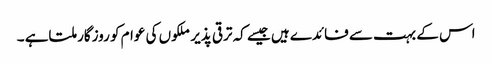
اس کے بہت سے فائدے ہیں جیسے کہ ترقی پذیر ملکوں کی عوام کو روزگار ملتاہے ۔